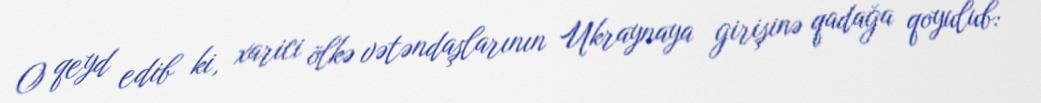
O qeyd edib ki, xarici ölkə vətəndaşlarının Ukraynaya girişinə qadağa qoyulub: